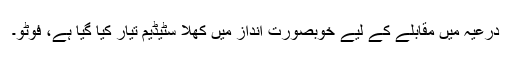
درعیہ میں مقابلے کے لیے خوبصورت انداز میں کھلا سٹیڈیم تیار کیا گیا ہے، فوٹو۔